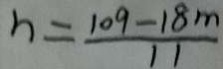
h = \frac { 1 0 9 - 1 8 m } { 1 1 }